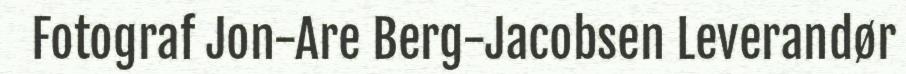
Fotograf Jon-Are Berg-Jacobsen Leverandør